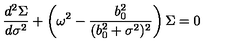
\frac { d ^ { 2 } \Sigma } { d \sigma ^ { 2 } } + \left( \omega ^ { 2 } - \frac { b _ { 0 } ^ { 2 } } { ( b _ { 0 } ^ { 2 } + \sigma ^ { 2 } ) ^ { 2 } } \right) \Sigma = 0